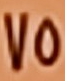
75